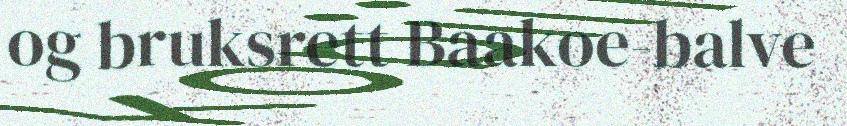
og bruksrett Baakoe-balve